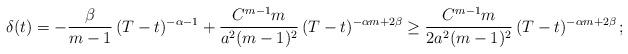
LaTeX: \begin{align*}\begin{aligned}\delta(t) = -\frac{\beta}{m-1}\,(T-t)^{-\alpha-1} + \frac{C^{m-1} m }{a^2 (m-1)^2}\,(T-t)^{-\alpha m +2 \beta} \geq \frac{C^{m-1}m}{2 a^2 (m-1)^2}\,(T-t)^{-\alpha m + 2\beta}\,;\end{aligned}\end{align*}